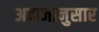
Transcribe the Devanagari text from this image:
अदाजानुसार